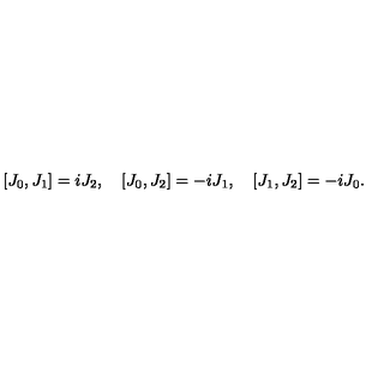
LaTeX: \left[ J _ { 0 } , J _ { 1 } \right] = i J _ { 2 } , \quad \left[ J _ { 0 } , J _ { 2 } \right] = - i J _ { 1 } , \quad \left[ J _ { 1 } , J _ { 2 } \right] = - i J _ { 0 } .